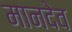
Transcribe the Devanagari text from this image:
मानदेव